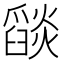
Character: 𦦨